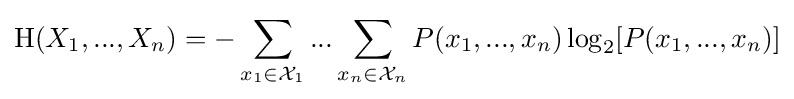
\mathrm {H} (X_{1},...,X_{n})=-\sum _{x_{1}\in {\mathcal {X}}_{1}}...\sum _{x_{n}\in {\mathcal {X}}_{n}}P(x_{1},...,x_{n})\log _{2}[P(x_{1},...,x_{n})]